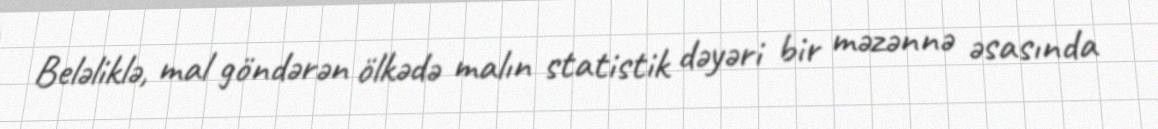
Beləliklə, mal göndərən ölkədə malın statistik dəyəri bir məzənnə əsasında